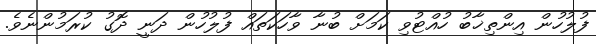
ފުލުހުން އިންތިޚާބު ހުއްޓުވި ކަމަށް ބުނާ ވާހަކަތައް ފުލުހުން ދަނީ ދޮގު ކުރަމުންނެވެ.